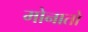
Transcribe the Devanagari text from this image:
मोनातो